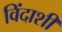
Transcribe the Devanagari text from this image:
विंदाशी